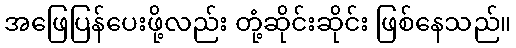
အဖြေပြန်ပေးဖို့လည်း တုံ့ဆိုင်းဆိုင်း ဖြစ်နေသည်။